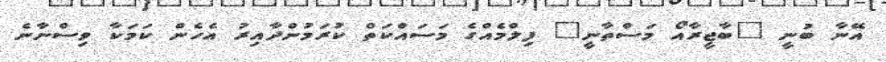
އޭނާ ބުނީ "ބާޖީރާއޯ މަސްތާނީ" ފިލްމެއްގެ މަސައްކަތް ކުރަމުންދާއިރު އެހެން ކަމަކާ ވިސްނާނެ